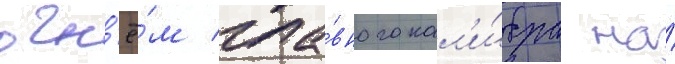
огн'ё́м гла́вного кал'и́бра на́